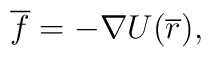
{\overline f} = - {\nabla U}({\overline r}),